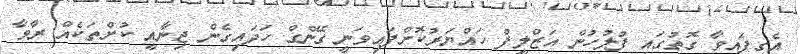
އެގިފައިވާ ގޮތުގައި ފުލުހުން އަޒްލީފް ހައްޔަރުކޮށްފައިވަނީ ގޭންގް ހަދައިގެން ޖިނާއީ ކުށްތަކެއް ރާވާ